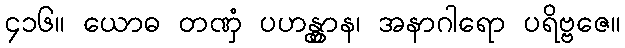
၄၁၆။ ယောဓ တဏှံ ပဟန္တွာန၊ အနာဂါရော ပရိဗ္ဗဇေ။